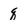
Character: q